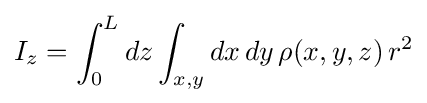
I_{z}=\int _{0}^{L}dz\int _{x,y}dx\,dy\,\rho (x,y,z)\,r^{2}